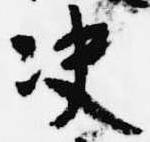
決